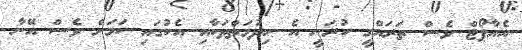
އެއާޕޯޓް ވެސް ތަރައްގީ ކުރަނީ އެ ހިދުމަތްތަކާއި އެކުގައި ކަމަށް ވެސް އޭނާ